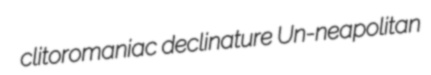
clitoromaniac declinature Un-neapolitan